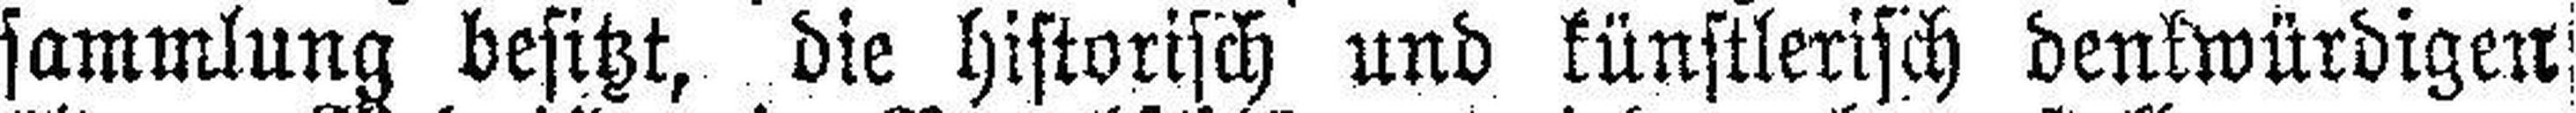
sammlung besitzt, die historisch und künstlerisch denkwürdigen